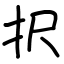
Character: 択